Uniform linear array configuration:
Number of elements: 32
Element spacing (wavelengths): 1
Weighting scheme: cosine
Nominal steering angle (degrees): -30
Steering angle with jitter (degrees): -30.594
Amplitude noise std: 0.05
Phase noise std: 0.05

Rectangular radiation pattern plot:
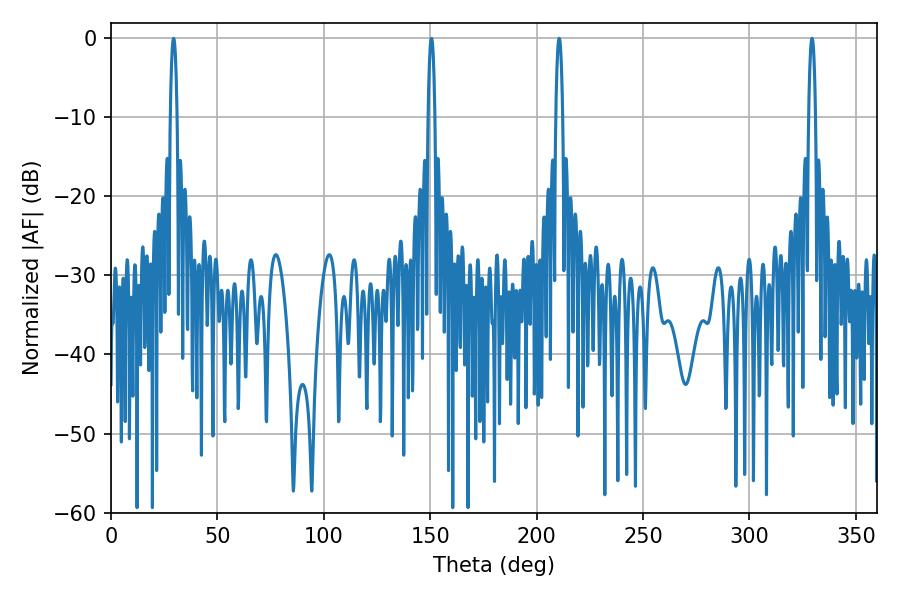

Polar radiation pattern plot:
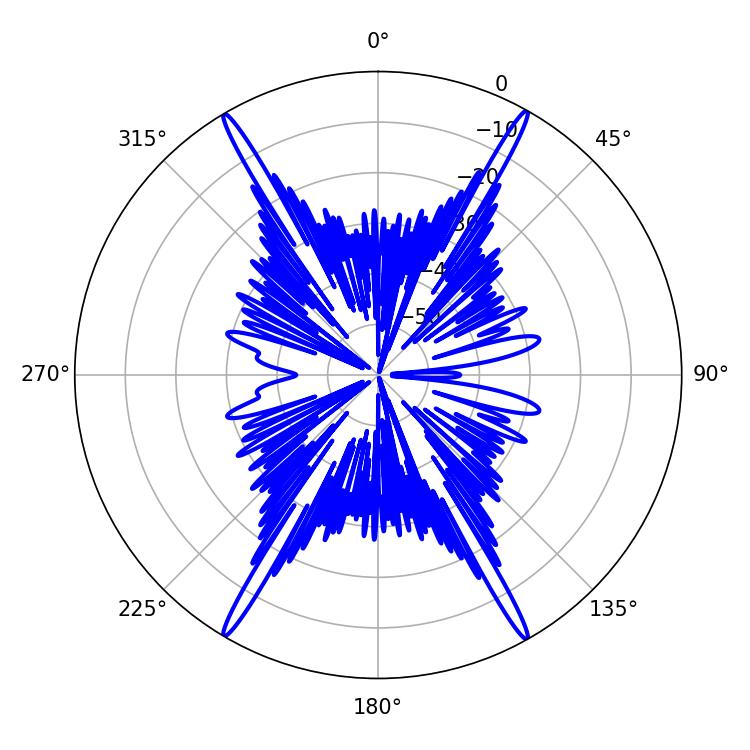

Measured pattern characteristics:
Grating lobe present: TRUE
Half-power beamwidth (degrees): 1.8
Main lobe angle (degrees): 210.6